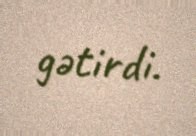
gətirdi.